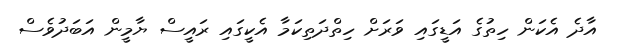
އާދެ އެކަން ހިތުގެ އަޑީގައި ވަރަށް ހިތްދަތިކަމާ އެކީގައި ރައީސް ޔާމީން އަބަދުވެސް